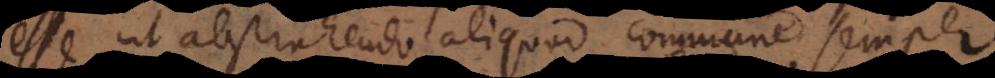
esse ut abstrahendo aliquod commune semper